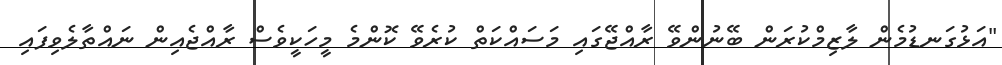
"އަޅުގަނޑުމެން ލާޒިމްކުރަން ބޭނުންވޭ ރާއްޖޭގައި މަސައްކަތް ކުރެވޭ ކޮންމެ މީހަކީވެސް ރާއްޖެއިން ނައްތާލެވިފައި